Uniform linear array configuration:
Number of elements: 32
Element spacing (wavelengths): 0.5
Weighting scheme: kaiser
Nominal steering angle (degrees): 15
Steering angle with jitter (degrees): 16.164
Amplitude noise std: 0.05
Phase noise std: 0.05

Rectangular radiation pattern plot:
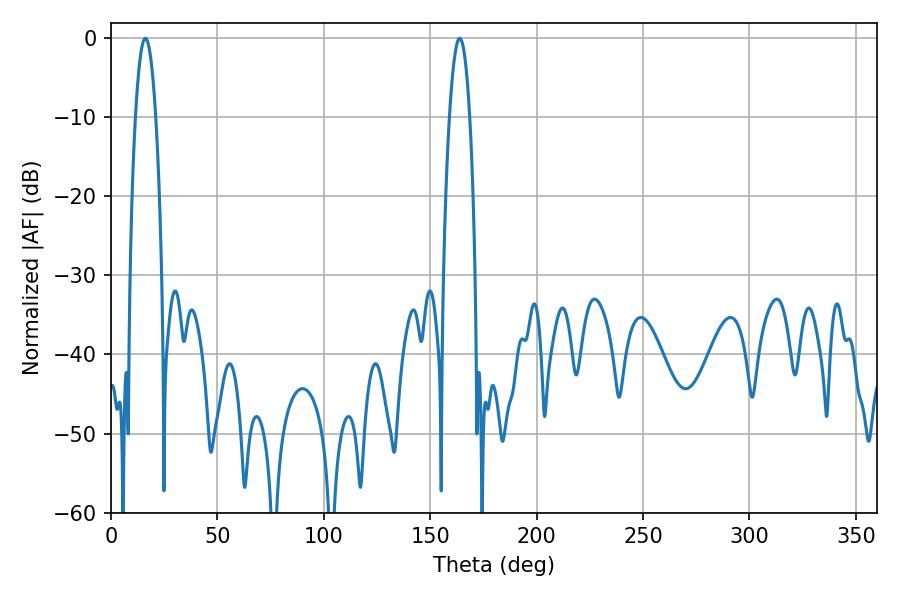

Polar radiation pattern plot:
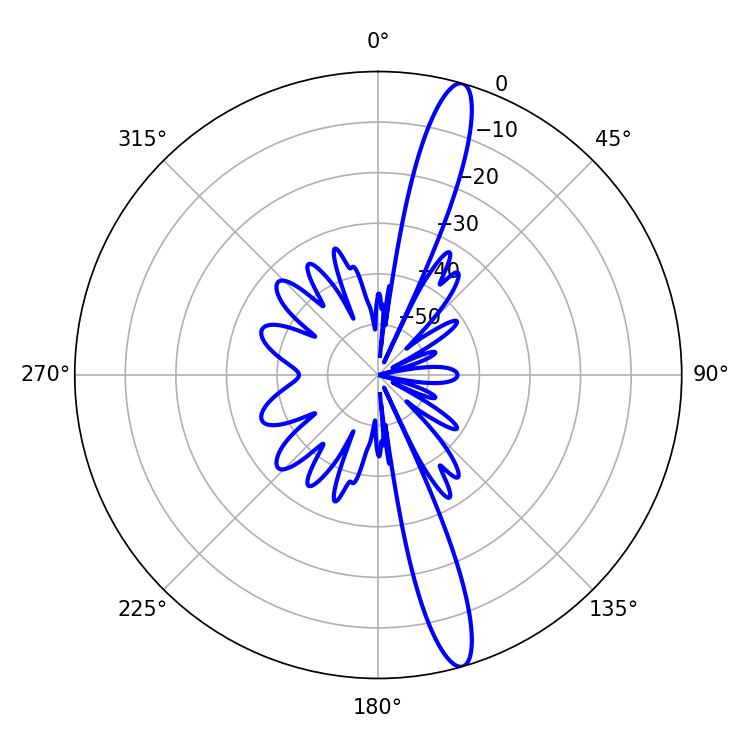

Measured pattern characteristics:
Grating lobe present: FALSE
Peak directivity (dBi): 15.609
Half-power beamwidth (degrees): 5.22
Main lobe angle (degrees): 16.2